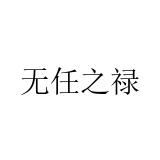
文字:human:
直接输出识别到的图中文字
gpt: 无任之禄